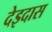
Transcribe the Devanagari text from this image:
देइदास